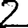
Digit: 2